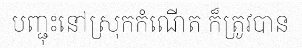
បញ្ជុះនៅស្រុកកំណើត ក៏ត្រូវបាន